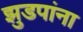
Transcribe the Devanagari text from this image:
झुडपांना